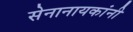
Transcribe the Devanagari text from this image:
सेनानायकांनी